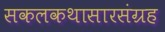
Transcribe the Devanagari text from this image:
सकलकथासारसंग्रह